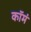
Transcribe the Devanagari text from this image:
कॉमं